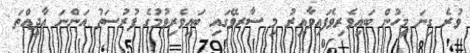
ވުރެ ގިނަ މީހުން ބައިވެރިވެފައިވާއިރު މި ސާރވޭގައި ބައިވެރިވުމުގެ ފުރުސަތު އަންނަ އާދީއްތަ